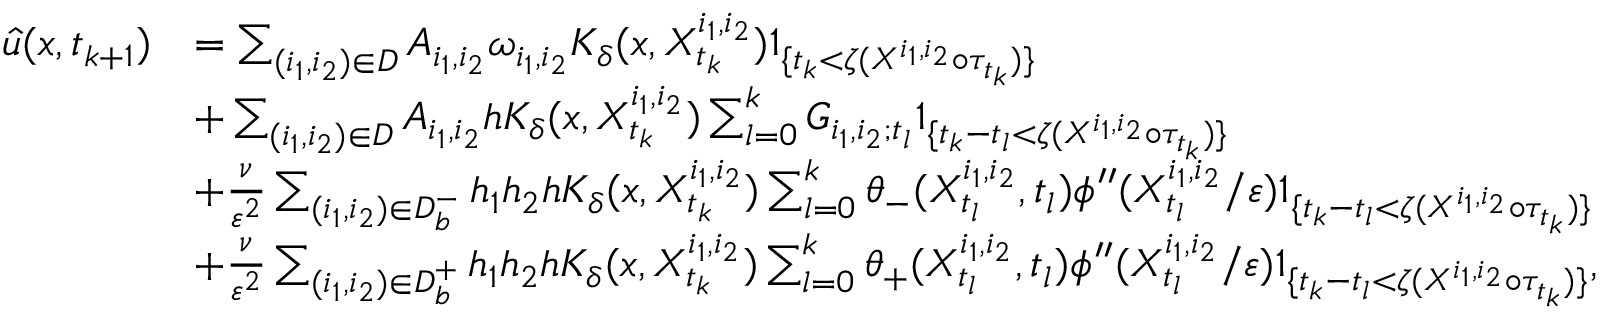
\begin{array} { r l } { \Hat { u } ( x , t _ { k + 1 } ) } & { = \sum _ { ( i _ { 1 } , i _ { 2 } ) \in D } A _ { i _ { 1 } , i _ { 2 } } \omega _ { i _ { 1 } , i _ { 2 } } K _ { \delta } ( x , X _ { t _ { k } } ^ { i _ { 1 } , i _ { 2 } } ) 1 _ { \{ t _ { k } < \zeta ( X ^ { i _ { 1 } , i _ { 2 } } \circ \tau _ { t _ { k } } ) \} } } \\ & { + \sum _ { ( i _ { 1 } , i _ { 2 } ) \in D } A _ { i _ { 1 } , i _ { 2 } } h K _ { \delta } ( x , X _ { t _ { k } } ^ { i _ { 1 } , i _ { 2 } } ) \sum _ { l = 0 } ^ { k } G _ { i _ { 1 } , i _ { 2 } ; t _ { l } } 1 _ { \{ t _ { k } - t _ { l } < \zeta ( X ^ { i _ { 1 } , i _ { 2 } } \circ \tau _ { t _ { k } } ) \} } } \\ & { + \frac { \nu } { \varepsilon ^ { 2 } } \sum _ { ( i _ { 1 } , i _ { 2 } ) \in D _ { b } ^ { - } } h _ { 1 } h _ { 2 } h K _ { \delta } ( x , X _ { t _ { k } } ^ { i _ { 1 } , i _ { 2 } } ) \sum _ { l = 0 } ^ { k } \theta _ { - } ( X _ { t _ { l } } ^ { i _ { 1 } , i _ { 2 } } , t _ { l } ) \phi ^ { \prime \prime } ( X _ { t _ { l } } ^ { i _ { 1 } , i _ { 2 } } / \varepsilon ) 1 _ { \{ t _ { k } - t _ { l } < \zeta ( X ^ { i _ { 1 } , i _ { 2 } } \circ \tau _ { t _ { k } } ) \} } } \\ & { + \frac { \nu } { \varepsilon ^ { 2 } } \sum _ { ( i _ { 1 } , i _ { 2 } ) \in D _ { b } ^ { + } } h _ { 1 } h _ { 2 } h K _ { \delta } ( x , X _ { t _ { k } } ^ { i _ { 1 } , i _ { 2 } } ) \sum _ { l = 0 } ^ { k } \theta _ { + } ( X _ { t _ { l } } ^ { i _ { 1 } , i _ { 2 } } , t _ { l } ) \phi ^ { \prime \prime } ( X _ { t _ { l } } ^ { i _ { 1 } , i _ { 2 } } / \varepsilon ) 1 _ { \{ t _ { k } - t _ { l } < \zeta ( X ^ { i _ { 1 } , i _ { 2 } } \circ \tau _ { t _ { k } } ) \} } , } \end{array}